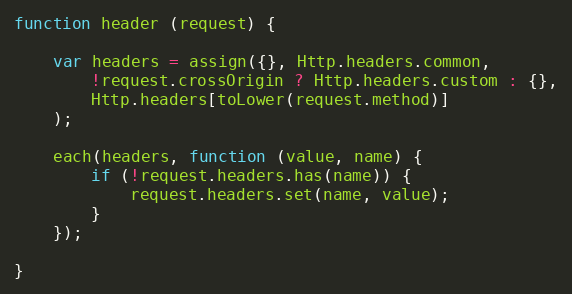
Language: JavaScript
function header (request) {

    var headers = assign({}, Http.headers.common,
        !request.crossOrigin ? Http.headers.custom : {},
        Http.headers[toLower(request.method)]
    );

    each(headers, function (value, name) {
        if (!request.headers.has(name)) {
            request.headers.set(name, value);
        }
    });

}